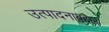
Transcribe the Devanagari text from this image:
उत्पादनाबद्दल